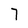
Character: 7